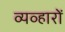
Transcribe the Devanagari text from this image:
व्यव्हारों